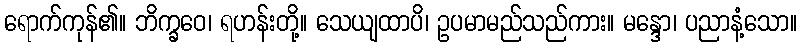
ရောက်ကုန်၏။ ဘိက္ခဝေ၊ ရဟန်းတို့။ သေယျထာပိ၊ ဥပမာမည်သည်ကား။ မန္ဒော၊ ပညာနံ့သော။